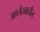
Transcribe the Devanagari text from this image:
आलेखातील